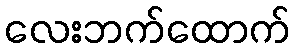
လေးဘက်ထောက်